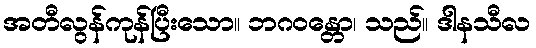
အတီလွန်ကုန်ပြီးသော။ ဘဂဝန္တော၊ သည်။ ဒါနသီလ